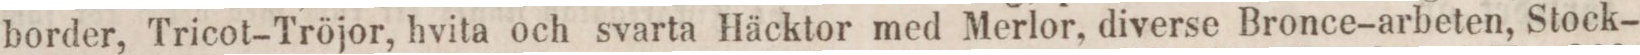
border, Tricot-Tröjor, hvita och svarta Häcktor med Merlor, diverse Bronce-arbeten, Stock-